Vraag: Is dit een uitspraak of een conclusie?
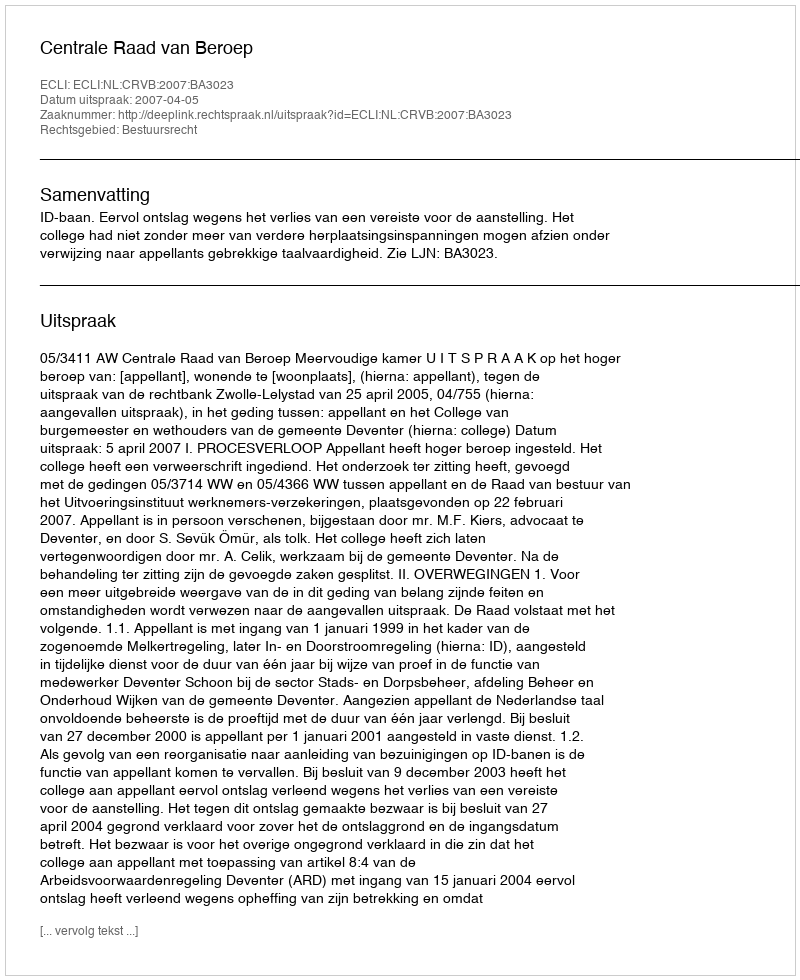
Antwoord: Uitspraak